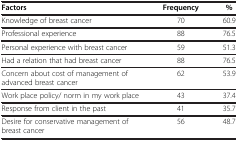
<table><thead><tr><td><b>Factors</b></td><td><b>Frequency</b></td><td><b>%</b></td></tr></thead><tbody><tr><td>Knowledge of breast cancer</td><td>70</td><td>60.9</td></tr><tr><td>Professional experience</td><td>88</td><td>76.5</td></tr><tr><td>Personal experience with breast cancer</td><td>59</td><td>51.3</td></tr><tr><td>Had a relation that had breast cancer</td><td>88</td><td>76.5</td></tr><tr><td>Concern about cost of management of advanced breast cancer</td><td>62</td><td>53.9</td></tr><tr><td>Work place policy/ norm in my work place</td><td>43</td><td>37.4</td></tr><tr><td>Response from client in the past</td><td>41</td><td>35.7</td></tr><tr><td>Desire for conservative management of breast cancer</td><td>56</td><td>48.7</td></tr></tbody></table>